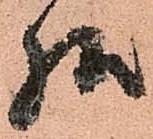
様